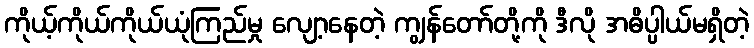
ကိုယ့်ကိုယ်ကိုယ်ယုံကြည်မှု လျော့နေတဲ့ ကျွန်တော်တို့ကို ဒီလို အဓိပ္ပါယ်မရှိတဲ့